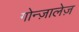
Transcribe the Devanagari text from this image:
गोन्ज़ालेज़